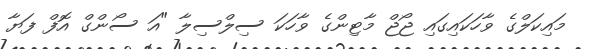
މައިކަލްގެ ވާހަކައިގައި ޖޯޖް މާޓިންގެ ވާހަކަ ސިލްސިލާ "އަ ސޯންގް އޮފް ފަޔާ